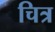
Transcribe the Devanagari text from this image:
चित्र